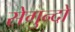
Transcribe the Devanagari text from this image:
सेगुन्दो